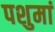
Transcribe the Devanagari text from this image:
पशुमां